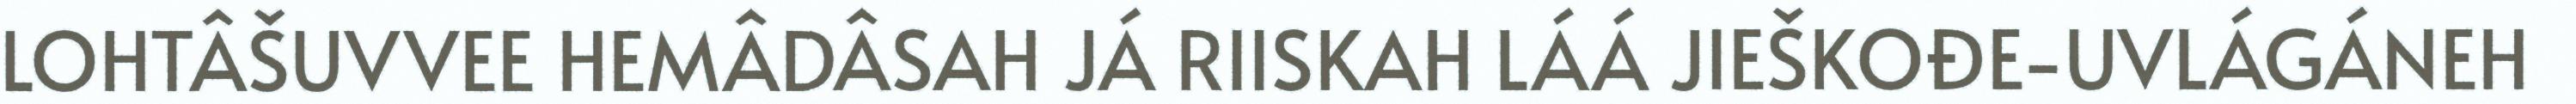
LOHTÂŠUVVEE HEMÂDÂSAH JÁ RIISKAH LÁÁ JIEŠKOĐE-UVLÁGÁNEH